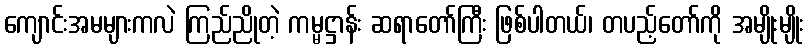
ကျောင်းအမများကလဲ ကြည်ညိုတဲ့ ကမ္မဋ္ဌာန်း ဆရာတော်ကြီး ဖြစ်ပါတယ်၊ တပည့်တော်ကို အမျိုးမျိုး